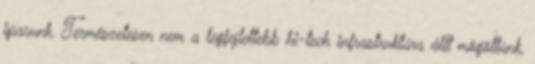
iparunk. Természetesen nem a legfejlettebb hi-tech infrastruktúra állt mögöttünk,